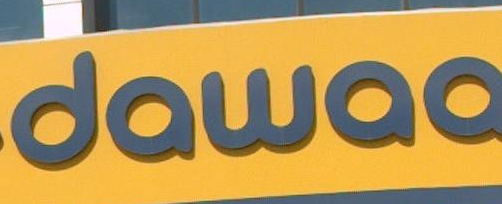
dawaa